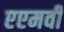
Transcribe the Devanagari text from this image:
एएमवी